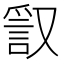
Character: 𧧞